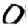
Digit: 0